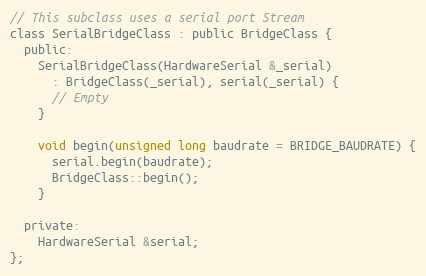
Language: C
// This subclass uses a serial port Stream
class SerialBridgeClass : public BridgeClass {
  public:
    SerialBridgeClass(HardwareSerial &_serial)
      : BridgeClass(_serial), serial(_serial) {
      // Empty
    }

    void begin(unsigned long baudrate = BRIDGE_BAUDRATE) {
      serial.begin(baudrate);
      BridgeClass::begin();
    }

  private:
    HardwareSerial &serial;
};